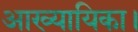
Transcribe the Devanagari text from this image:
आख्यायिका।